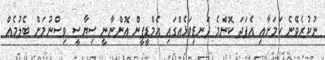
ނުކުރެވޭނެ ކަމަށާއި އެފަދަ ކޮންމެ ދަނޑިވަޅެއްގައި އެމްޑީޕީން އޮންނާނީ ސިޔާސީ ވިސްނުމަށް ބެލުމެއް